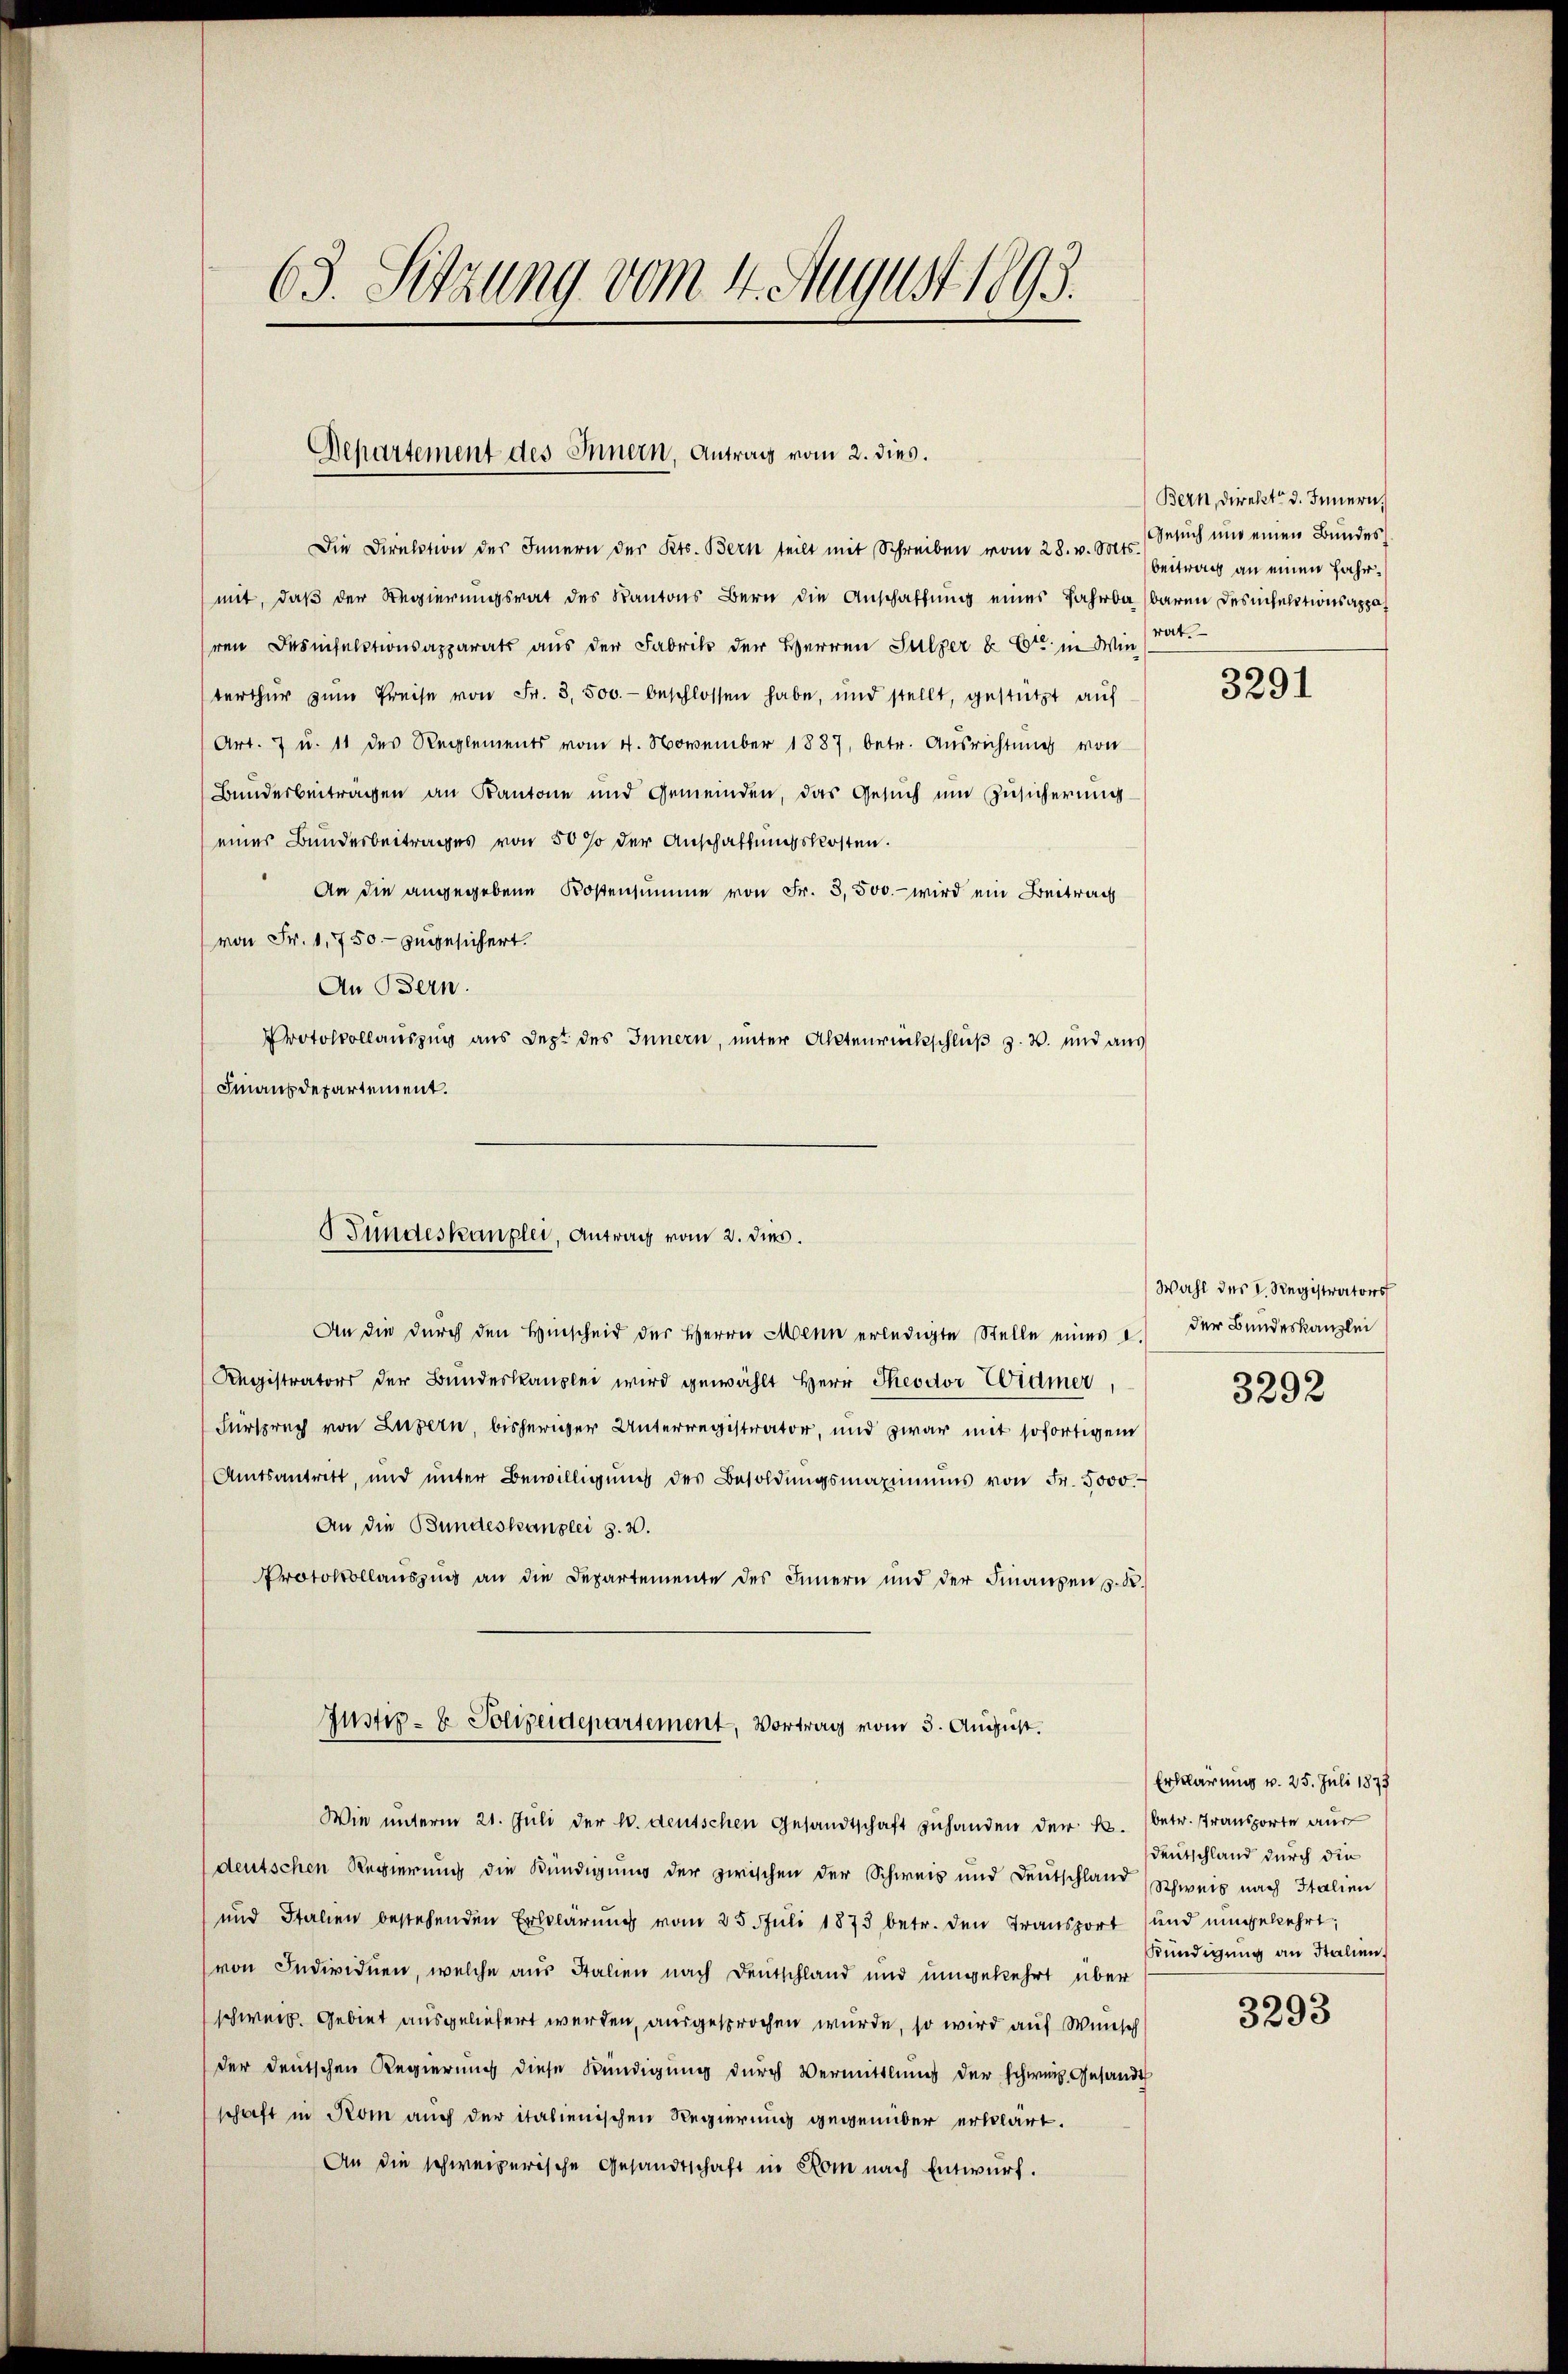
63. Sitzung vom 4. August 1893.

Departement des Innern, Antrag vom 2. dies.

Die Direktion des Innern der Kts. Bern teilt mit Schreiben vom 28. v. Mts.
mit, daß der Regierungsrat des Kantons Bern die Anschaffung eines Jahrba (baren Desinfektionsappa
ren Desnsektionsapparats aus der Fabrik der Herren Sulzer & Cie in Winterthŭr zŭm Preise von Fr. 3,500.- beschlossen habe, und stellt, gestützt aŭf
Art. 7 u. 11 des Reglements vom 4. November 1887, betr. Aŭsrichtŭng von
Bunderbeitragen an Kantone und Gemeinden, das Gesuch um Zusicherung
eines Bundesbeitrages von 50 % der Anschaffungskosten.
An die angegebene Kostensumme von Fr. 3,500.- wird ein Beitrag
von Fr. 1,750.- zugesichert.
An Bern.
Protokollauszug aus Jezt des Innern, unter Aktenrückschluß z. B. und aus
Finanzdepartement.

Sundeskanzlei, Antrag vom 2. dies.

An die durch den Hinscheid der Herrn Mann erledigte Stelle eines I.
Registrators der Bŭndeskanzlei wird gewählt Herr Theodor Widmer,
Fürspruch von Luzern, bisheriger Unterregistrator, und zwar mit sofortigem
Amtsantritt, und ŭnter Bewilligŭng des Besoldŭngsmaximŭms von Fr. 5000.
An die Bundeskanzlei s. w.
Protokollauszug an die Departemente des Innern und der Finanzen z. R.
Justiz- & Polizeidepartement, Vortrag vom 3. August.
Wie ŭnterm 21. Jŭli der h. deutschen Gesandtschaft zŭhanden der k. (betr. Transporte aus
deutschen Regierung die Kündigung der zwischen der Schweis und Deutschland Schweis nach Italien
und Italien bestehenden Erklärung vom 25. Juli 1873 betr. den Transport und umgekehrt,
von Individuen, welche aus Stalien nach Deutschland und umgekehrt über
schweiz. Gebiet ausgeliefert werden, ausgesprochen wurde, so wird auf Wunsch
der deutschen Regierung diese Kündigung durch Vermittlung der schweiz. Gesandt
schaft in Rom auch der italienischen Regierung gegenüber erklärt.
An die schweizerische Gesandtschaft in Rom nach Entwurf.

Bern, direkt d. Innern,
Gesuch und einen Bundes
beitrag an einen Jahrrat.

3291

Wahl des L. Registrators
der Bundeskanzlei

3292

Erklärung v. 25. Juli 1873
Deutschland durch die
Kündigung an Italien.

3293